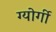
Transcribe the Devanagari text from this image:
ग्योर्गी